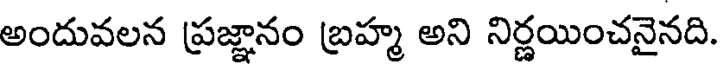
అందువలన ప్రజ్ఞానం బ్రహ్మ అని నిర్ణయించనైనది.